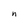
Character: n